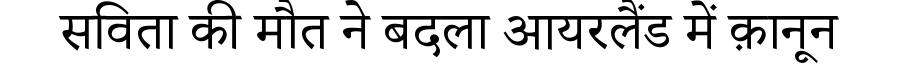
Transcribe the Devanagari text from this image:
सविता की मौत ने बदला आयरलैंड में क़ानून